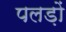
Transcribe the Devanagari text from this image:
पलड़ों